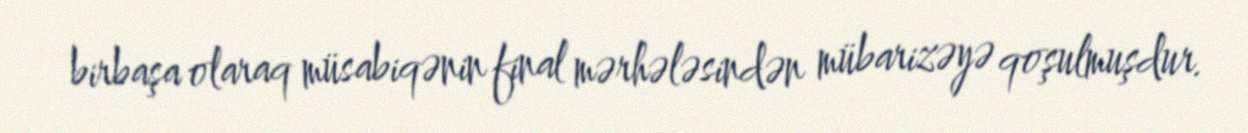
birbaşa olaraq müsabiqənin final mərhələsindən mübarizəyə qoşulmuşdur.